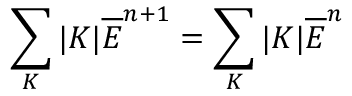
\sum _ { K } | K | \overline { { E } } ^ { n + 1 } = \sum _ { K } | K | \overline { { E } } ^ { n }